Annual report of the Bengal Veterinary College and of the Civil Veterinary Department, Bengal, for the year 1899-1900 - 1899-1900
Year: 1899
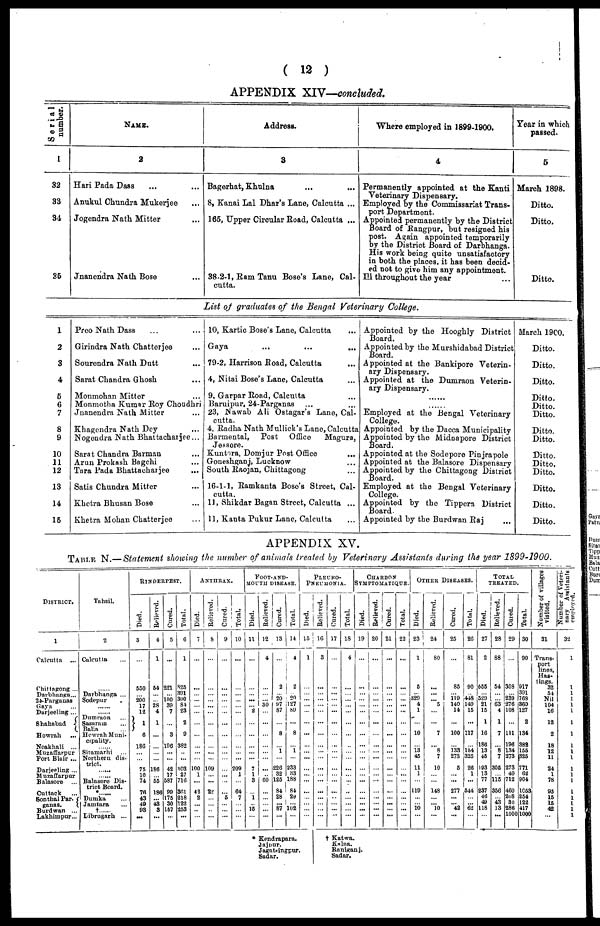
( 12 )
APPENDIX XIV—concluded.
Serial
number.
1
32
33
34
35
1
2
3
4
5
6
7
8
9
10
11
12
13
14
15
NAME.
2
Hari Pada Dass
Anukul Chundra Mukerjee
Jogendra Nath Mitter ...
Jnanendra Nath Bose ...
Address.
3
Bagerhat, Khulna ... ...
8, Kanai Lai Dhar's Lane, Calcutta ...
165, Upper Circular Road, Calcutta ...
38-2-1, Ram Tanu Bose's Lane, Cal-
cutta.
Where employed in 1899-1900.
4
Permanently appointed at the Kanti
Veterinary Dispensary.
Employed by the Commissariat Trans-
port Department.
Appointed permanently by the District
Board of Rangpur, but resigned his
post. Again appointed temporarily
by the District Board of Darbhanga.
His work being quite unsatisfactory
in both the places, it has been decid-
ed not to give him any appointment.
Ill throughout the year
List of graduates of the Bengal Veterinary College.
Preo Nath Dass ... ...
Girindra Nath Chatterjee ...
Sourendra Nath Dutt ...
Sarat Chandra Ghosh
Monmohan Mitter ...
Monmotha Kumar Roy Choudhri
Jnanendra Nath Mitter ...
Khagendra Nath Dey ...
Nogendra Nath Bhattacharjee ...
Sarat Chandra Barman ...
Arun Prokash Bagchi ...
Tara Pada Bhattacharjee ...
Satis Chundra Mitter ...
Khetra Bhusan Bose ...
Khetra Mohan Chatterjee ...
10, Kartic Bose's Lane, Calcutta ...
Gaya
...
...
...
79-2, Harrison Road, Calcutta
4, Nitai Bose's Lane, Calcutta
9, Garpar Road, Calcutta
Baruipur, 24-Parganas ... ...
23, Nawab Ali Ostagar's Lane, Cal-
4, Radha Nath Mullick's Lane, Calcutta
Barmental, Post Office
Magura,
Jessore.
Kuntora, Domjur Post Office ...
Goneshganj, Lucknow ...
South Raojan, Chittagong ...
16-1-1, Ramkanta Bose's Street, Cal-
cutta.
11. Shikdar Bagan Street, Calcutta ...
11, Kanta Pukur Lane, Calcutta
Appointed by the Hooghly District
Appointed by the Murshidabad District
Appointed at the Bankipore Veterin-
ary Dispensary.
Appointed at the Dumraon Veterin-
ary Dispensary.
Employed at the Bengal Veterinary
Appointed by the Dacca Municipality
Appointed by the Midnapore District
Board.
Appointed at the Sodepore Pinjrapole
Appointed at the Balasore Dispensary
Appointed by the Chittagong District
Employed at the Bengal Veterinary
College.
Appointed by the Tippera District
Board.
Appointed by the Burdwan Raj ...
Year in which
passed.
5
March 1898.
Ditto.
Ditto.
Ditto.
March 19C0.
Ditto.
Ditto.
Ditto.
Ditto.
Ditto.
Ditto.
Ditto.
Ditto.
Ditto.
Ditto.
Ditto.
Ditto.
Ditto.
Ditto.
APPENDIX XV.
Table N.—Statement showing the number of animals treated by Veterinary Assistants during the year 1899-1900.
DISTRICT.
1
Calcutta
...
Chittagong ...
Darbhanga ...
24 Parganas
Gaya ...
Durjeeling ...
Shahabad
Howrah
...
Noakhali ...
Muzzffarpur Port Blair ...
Darjeeling ...
Muzaffarpur Balasore ...
Cuttack ...
Sonthal Par-
ganas.
Burdwan ...
Lakhimpur...
Tahsil.
2
Calcutta ...
......
Darbhanga ...
Sodepur
......
Dumraon ...
Sasaram ...
Balia ....
Hewrah Muni-
cipality.
Sitamarhi ...
Northern dis-
trict. ......
...... Balasore Dis-
trict Board.
*......
Dumka ...
Jamtara ...
†
Dribrugarh ...
RINDERPEST.
Died.
3
...
550
... 200
17
12
1
6
186
...
..
75
10
74
76
43
49
98
...
Relieved.
4
1
54
...
... 28
4
1
...
...
...
...
186
... 55
186
... 43
8
...
Cured.
5
...
221
... 100
39
7
...
3
196
...
...
42
17
587
99
175
30
157
...
Total.
6
1
825
391
300
84
23
2
9
382
...
...
303
27
716
361
218
122
253
...
ANTHRAX.
Died.
7
...
...
...
...
...
...
...
...
...
...
...
100
1
...
42
2
...
...
..
Relieved.
8
...
...
...
...
...
...
...
...
...
...
...
109
...
...
22
...
...
...
...
Cured.
9
...
...
...
...
...
...
...
...
...
...
...
....
...
...
...
5
...
...
...
Total.
10
...
...
...
...
...
...
...
...
...
...
...
209
1
...
64
7
...
...
...
FOOT-AND-
MOUTH DISEASE.
Died.
11
...
...
...
...
... 2
...
...
...
...
...
7
1
3
...
1
... 15
...
Relieved.
12
4
...
...
... 30
...
...
...
...
...
...
...
60
...
...
...
...
...
Cured.
13
...
2
... 20
97
87
...
8
...
1
...
226
32
125
84
28
... 87
...
Total.
14
4
2
... 20
127
89
...
8
...
1
...
233
33
188
84
29
... 102
...
PLEURO-
PNEUMONIA
Died.
15
1
...
...
...
...
...
...
...
...
...
...
...
...
...
...
...
...
...
...
Relieved.
16
3
...
...
...
...
...
...
...
...
...
...
...
...
...
...
...
...
...
...
Cured.
17
...
...
...
...
...
...
...
...
...
...
...
...
...
...
...
...
...
...
...
Total.
18
4
...
...
...
...
...
...
...
...
...
...
...
...
...
..
...
...
...
...
CHARBON
SYMPTOMATIQUE.
Died.
19
...
...
...
...
...
...
...
...
...
...
...
...
...
...
...
...
...
...
...
Relieved.
20
...
...
...
...
...
...
...
...
...
...
...
...
...
...
...
...
...
...
...
Cured.
21
...
...
...
...
...
...
...
...
...
...
...
...
...
...
...
...
...
...
...
Total.
22
...
...
...
...
...
...
...
...
...
...
...
...
...
...
...
...
...
...
...
OTHER DISEASES.
Died.
23
1
5
... 329
4
1
...
10
...
13
45
11
1
...
119
...
...
10
...
Relieved.
24
80
...
...
... 5
...
...
7
...
8
7
10
...
...
148
...
... 10
...
Cured.
25
...
85
... 119
140
...
...
100
...
133
273
5
...
...
277
...
... 42
...
Total.
26
81
90
... 418
149
15
...
117
...
154
325
26
1
...
544
...
... 62
...
TOTAL
TREATED.
Died.
27
2
555
... 529
21
15
1
15
186
13
45
193
13
77
237
46
49
118
...
Relieved.
28
88
54
...
... 63
4
1
7
...
8
7
305
... 115
356
... 43
13
...
Cured.
29
...
308
239
276
108
111
196
134
273
273
49
712
460
208
30
286
1000
Total.
30
90
917
391
768
360
127
2
134
382
155
32b
771
62
904
1053
254
122
417
1000
Number of villag
visited.
31
Trans-
port
lines,
Has-
tings.
32
54
Nil
104
16
12
2
18
12
11
24
1
78
95
15
15
42
...
Number of Veteri-
nary
Assistants
employed.
32
1
1
1
1
1
1
1
1
1
1
1
1
1
1
1
1
1
1
1
* Kendrapara.
Jajpur.
Jagatsingpur.
Sadar.
† Katwa.
Kalna.
Raniganj.
Sadar.